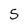
Character: 5